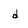
Character: d